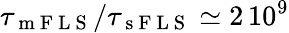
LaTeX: \tau_{\mathrm{~m~F~L~S~}}/\tau_{\mathrm{~s~F~L~S~}}\simeq 2\, 10^{9}